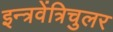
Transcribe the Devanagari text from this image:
इन्त्रवेंत्रिचुलर